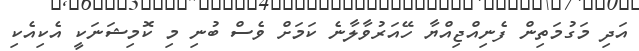
އަދި މަގުމަތިން ފެނިއްޖިއްޔާ ހޭއަރުވާލާނެ ކަމަށް ވެސް ބުނި މި ކޮމިޝަނަކީ އެކިއެކި